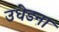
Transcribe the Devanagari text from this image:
उधेडना